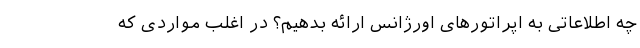
چه اطلاعاتی به اپراتور‌های اورژانس ارائه بدهیم؟ در اغلب مواردی که